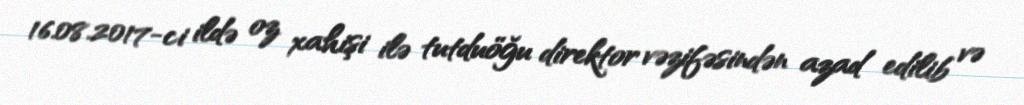
16.08.2017-ci ildə oz xahişi ilə tutduöğu direktor vəzifəsindən azad edilib və